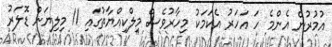
އުމުރުން އެންމެ ހަ އަހަރު އެކަމަކު މިހާރުވެސް މިލްކިއްޔާތުގައި 11 މިލިޔަން ޑޮލަރު